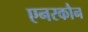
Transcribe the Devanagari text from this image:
एनरकौन